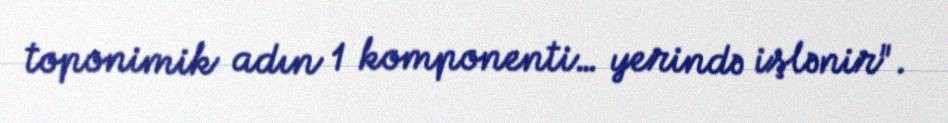
toponimik adın 1 komponenti… yerində işlənir".